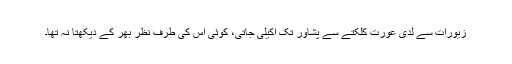
زیورات سے لدی عورت کلکتے سے پشاور تک اکیلی جاتی، کوئی اس کی طرف نظر بھر کے دیکھتا نہ تھا۔